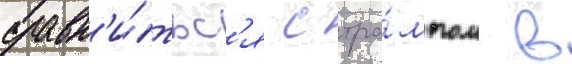
сравн'и́тьс'я с тра́мпом в